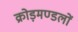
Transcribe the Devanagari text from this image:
क्रोड़मण्डलों